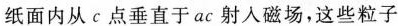
纸面内从c点垂直于ac射入磁场，这些粒子